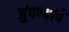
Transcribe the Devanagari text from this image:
जुंपण्याचे